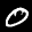
Label: 0